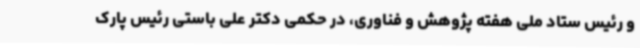
و رئیس ستاد ملی هفته پژوهش و فناوری، در حکمی دکتر علی باستی رئیس پارک